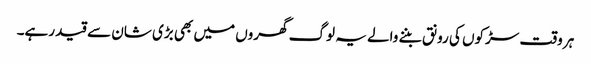
ہر وقت سڑکوں کی رونق بننے والے یہ لوگ گھروں میں بھی بڑی شان سے قید رہے۔